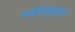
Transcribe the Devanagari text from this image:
पत्रकानुसार